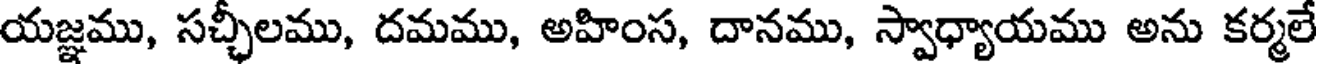
యజ్ఞము, సచ్చిలము, దమము, అహింస, దానము, స్వాధ్యాయము అను కర్మల